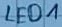
Text: LED1